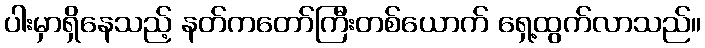
ပါးမှာရှိနေသည့် နတ်ကတော်ကြီးတစ်ယောက် ရှေ့ထွက်လာသည်။